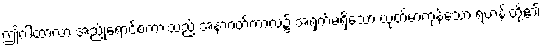
ဤဂါထာလာ အညိုရောင်စကားသည် အနာဂတ်ကာလ၌ အရှက်မရှိသော ယုတ်မာကုန်သော ရဟန်းတို့၏